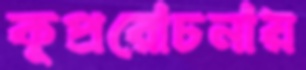
কুপ্ররোচনায়